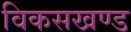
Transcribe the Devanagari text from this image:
विकसखण्ड